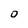
Character: 0